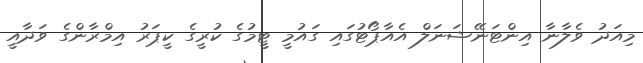
މިއަދު ވެލާނާ އިންޓަނޭޝަނަލް އެއާޕޯޓުގައި ގައުމީ ޓީމުގެ ކުރީގެ ކީޕަރު އިމްރާންގެ ވަދާއީ